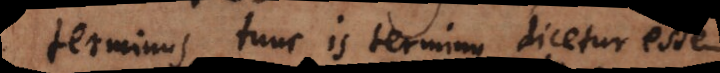
terminus, tunc is terminus dicetur esse